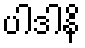
ပါဒါနိ